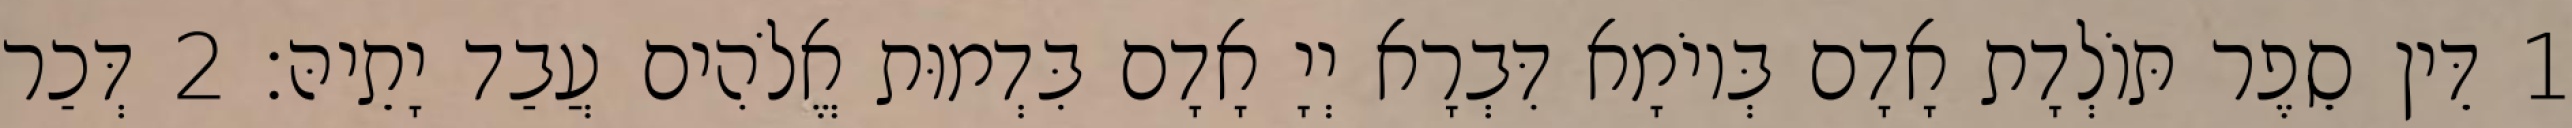
1 דֵּין סֵפֶר תּוֹלְדָת אָדָם בְּיוֹמָא דִּבְרָא יְיָ אָדָם בִּדְמוּת אֱלֹהִים עֲבַד יָתֵיהּ׃ 2 דְּכַר